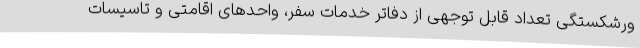
ورشکستگی تعداد قابل توجهی از دفاتر خدمات سفر، واحدهای اقامتی و تاسیسات